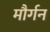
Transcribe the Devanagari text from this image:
मौर्गन